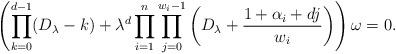
LaTeX: \begin{align*} \left(\prod_{k=0}^{d-1}(D_\lambda-k)+\lambda^d\prod_{i=1}^n\prod_{j=0}^{w_i-1}\left(D_\lambda+\frac{1+\alpha_i+dj}{w_i}\right)\right)\omega=0.\end{align*}